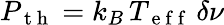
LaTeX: P_{\mathrm{~t~h~}}=k_{B}\, T_{\mathrm{~e~f~f~}}\, \delta\nu